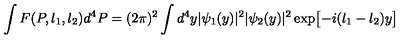
\int F ( P , l _ { 1 } , l _ { 2 } ) d ^ { 4 } P = ( 2 \pi ) ^ { 2 } \int d ^ { 4 } y | \psi _ { 1 } ( y ) | ^ { 2 } | \psi _ { 2 } ( y ) | ^ { 2 } \exp \bigl [ - i ( l _ { 1 } - l _ { 2 } ) y \bigr ]